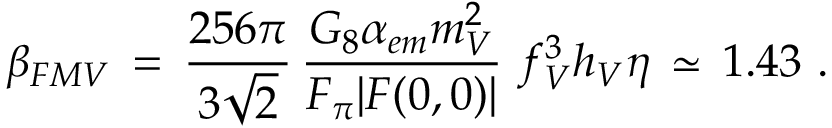
\beta _ { F M V } \, = \, \frac { 2 5 6 \pi } { 3 \sqrt { 2 } } \, \frac { G _ { 8 } \alpha _ { e m } m _ { V } ^ { 2 } } { F _ { \pi } | F ( 0 , 0 ) | } \, \, f _ { V } ^ { 3 } h _ { V } \eta \, \simeq \, 1 . 4 3 ~ .